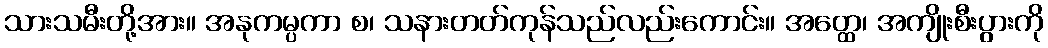
သားသမီးတို့အား။ အနုကမ္ပကာ စ၊ သနားတတ်ကုန်သည်လည်းကောင်း။ အတ္ထေ၊ အကျိုးစီးပွားကို